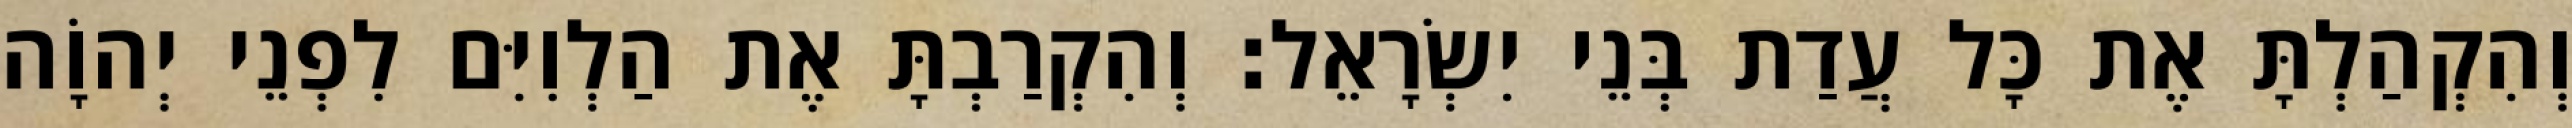
וְהִקְהַלְתָּ אֶת כָּל עֲדַת בְּנֵי יִשְׂרָאֵל׃ וְהִקְרַבְתָּ אֶת הַלְוִיִּם לִפְנֵי יְהוָֹה